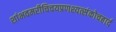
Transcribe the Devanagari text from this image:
शांभवमरीचिचयप्रणश्यत्संकोचहार्द